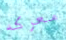
معركه